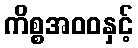
ကိစ္စအဝဝနှင့်